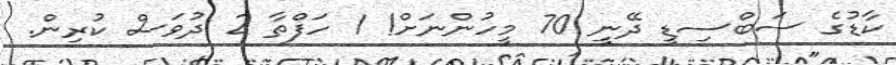
ކާޑުގެ ސަބްސިޑީ ދޭނީ 70 މީހުންނަށް! 1 ހަފްތާ 2 ދުވަސް ކުރިން.